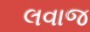
લવાજ